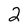
Character: 2